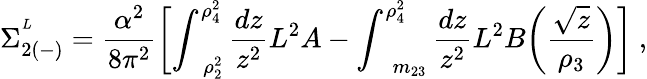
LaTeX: \Sigma_{2(-)}^{^{L}}=\frac{\alpha^{2}}{8\pi^{2}}\biggl[\int_{\ \ \ \rho_{2}^{2}}^{\rho_{4}^{2}}\frac{dz}{z^{2}}L^{2}A-\int_{\ \ \ \ m_{23}}^{\rho_{4}^{2}}\frac{dz}{z^{2}}L^{2}B\biggl(\frac{\sqrt{z}}{\rho_{3}}\biggr)\biggr]\ ,